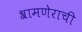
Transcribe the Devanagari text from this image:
श्रामणेराची